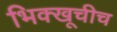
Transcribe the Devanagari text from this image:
भिक्खूचीच